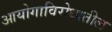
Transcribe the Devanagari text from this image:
आयोगाविरोधातील